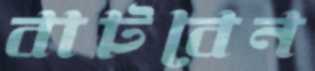
বাটবেন